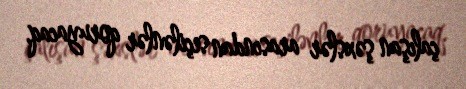
çalışan şəxslər arasından seçilənlər qoruyacaq.